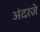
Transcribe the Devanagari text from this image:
अंदरज़े